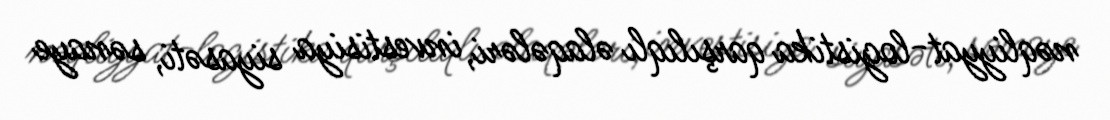
nəqliyyat-logistika qarşılıqlı əlaqələri, investisiya siyasəti, sənaye